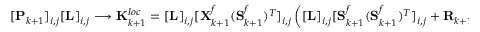
[ \mathbf { P } _ { k + 1 } ] _ { i , j } [ \mathbf { L } ] _ { i , j } \longrightarrow { \mathbf { K } _ { k + 1 } ^ { l o c } = [ \mathbf { L } ] _ { i , j } [ \mathbf { X } _ { k + 1 } ^ { f } ( \mathbf { S } _ { k + 1 } ^ { f } ) ^ { T } ] _ { i , j } \left( [ \mathbf { L } ] _ { i , j } [ \mathbf { S } _ { k + 1 } ^ { f } ( \mathbf { S } _ { k + 1 } ^ { f } ) ^ { T } ] _ { i , j } + \mathbf { R } _ { k + 1 } \right) ^ { - 1 } }